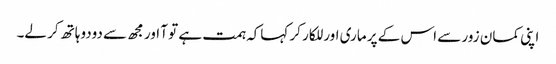
اپنی کمان زور سے اس کے پر ماری اور للکار کر کہاکہ ہمت ہے تو آ اور مجھ سے دودوہاتھ کر لے۔